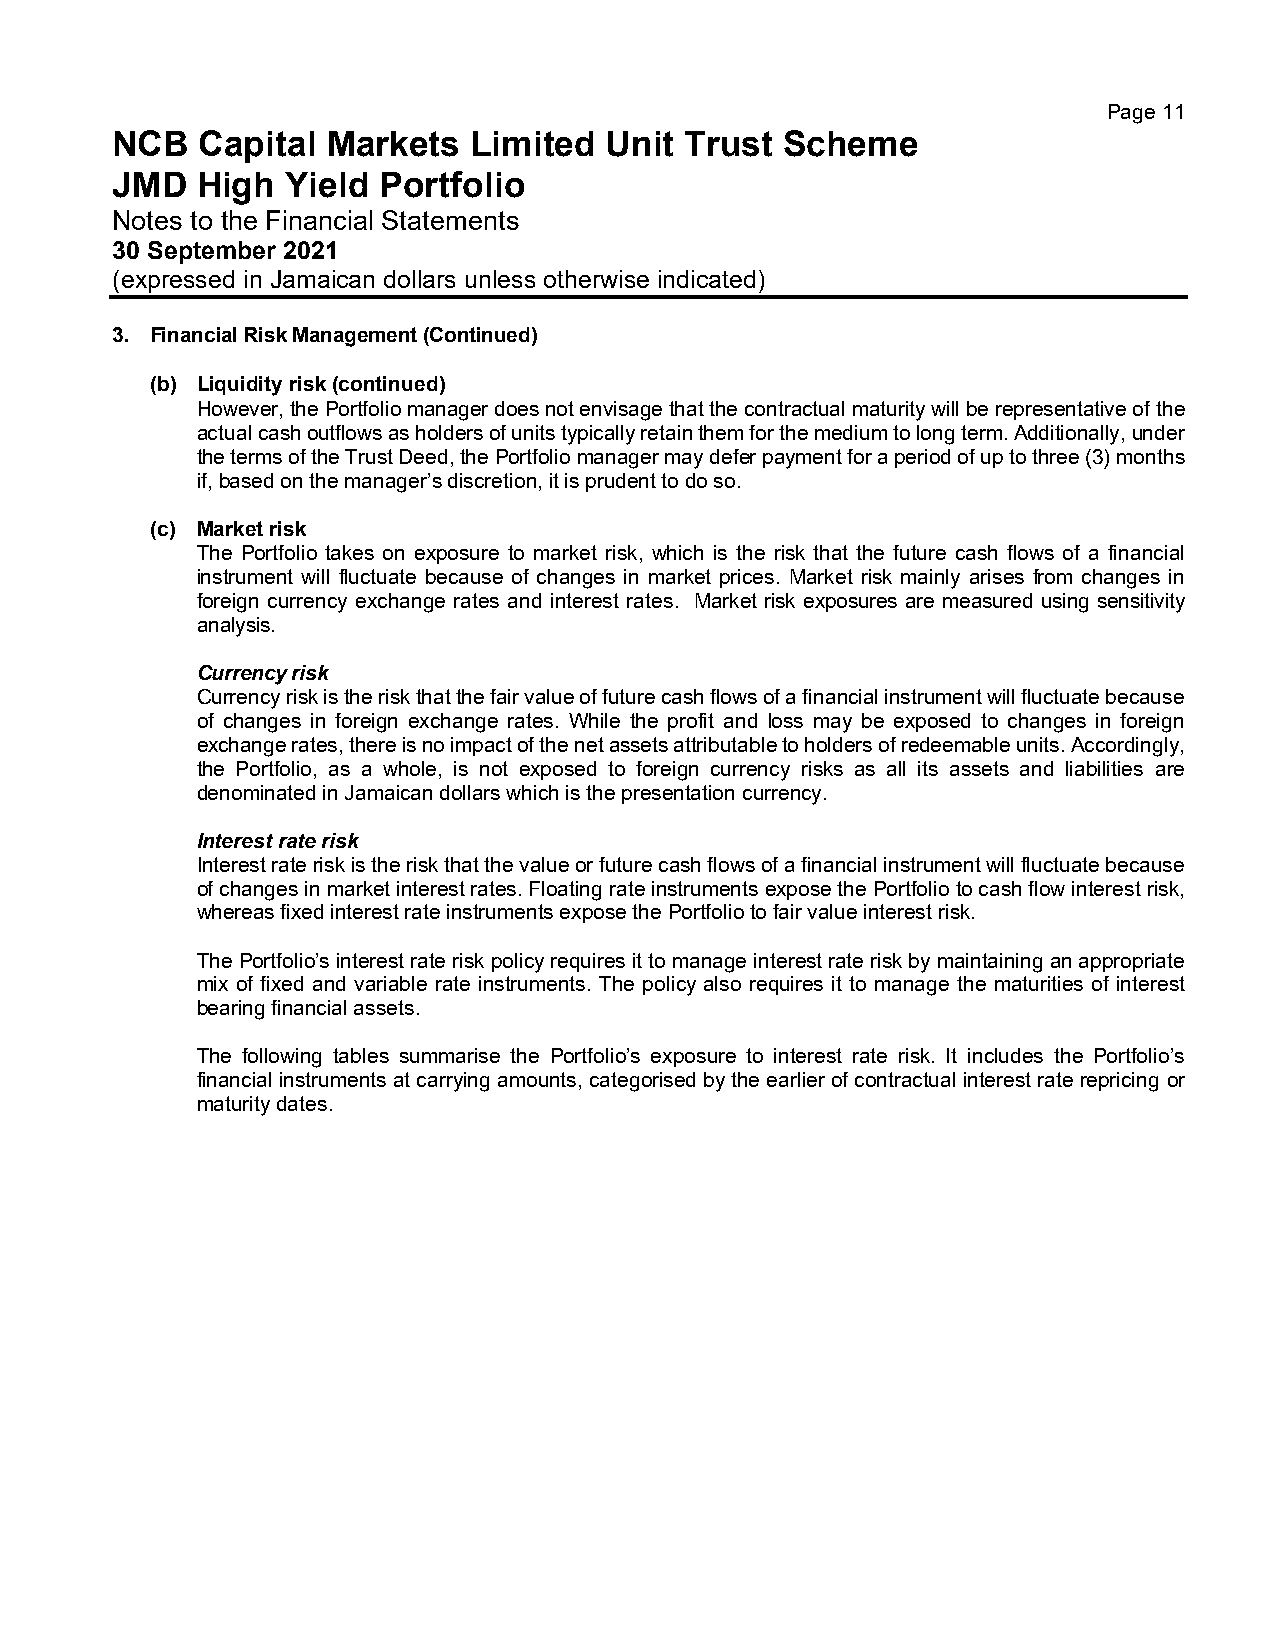
Page 11
 NCB   Capital  Markets  Limited  Unit Trust  Scheme
 JMD   High  Yield Portfolio
 Notes to the Financial Statements
 30 September 2021
 (expressed in Jamaican dollars unless otherwise indicated)
 3. Financial Risk Management (Continued)
 (b) Liquidity risk (continued)
 However, the Portfolio manager does not envisage that the contractual maturity will be representative of the
 actual cash outflows as holders of units typically retain them for the medium to long term. Additionally, under
 the terms of the Trust Deed, the Portfolio manager may defer payment for a period of up to three (3) months
 if, based on the manager’s discretion, it is prudent to do so.
 (c) Market risk
 The Portfolio takes on exposure to market risk, which is the risk that the future cash flows of a financial
 instrument will fluctuate because of changes in market prices. Market risk mainly arises from changes in
 foreign currency exchange rates and interest rates. Market risk exposures are measured using sensitivity
 analysis.
 Currency risk
 Currency risk is the risk that the fair value of future cash flows of a financial instrument will fluctuate because
 of changes in foreign exchange rates. While the profit and loss may be exposed to changes in foreign
 exchange rates, there is no impact of the net assets attributable to holders of redeemable units. Accordingly,
 the Portfolio, as a whole, is not exposed to foreign currency risks as all its assets and liabilities are
 denominated in Jamaican dollars which is the presentation currency.
 Interest rate risk
 Interest rate risk is the risk that the value or future cash flows of a financial instrument will fluctuate because
 of changes in market interest rates. Floating rate instruments expose the Portfolio to cash flow interest risk,
 whereas fixed interest rate instruments expose the Portfolio to fair value interest risk.
 The Portfolio’s interest rate risk policy requires it to manage interest rate risk by maintaining an appropriate
 mix of fixed and variable rate instruments. The policy also requires it to manage the maturities of interest
 bearing financial assets.
 The following tables summarise the Portfolio’s exposure to interest rate risk. It includes the Portfolio’s
 financial instruments at carrying amounts, categorised by the earlier of contractual interest rate repricing or
 maturity dates.